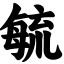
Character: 毓